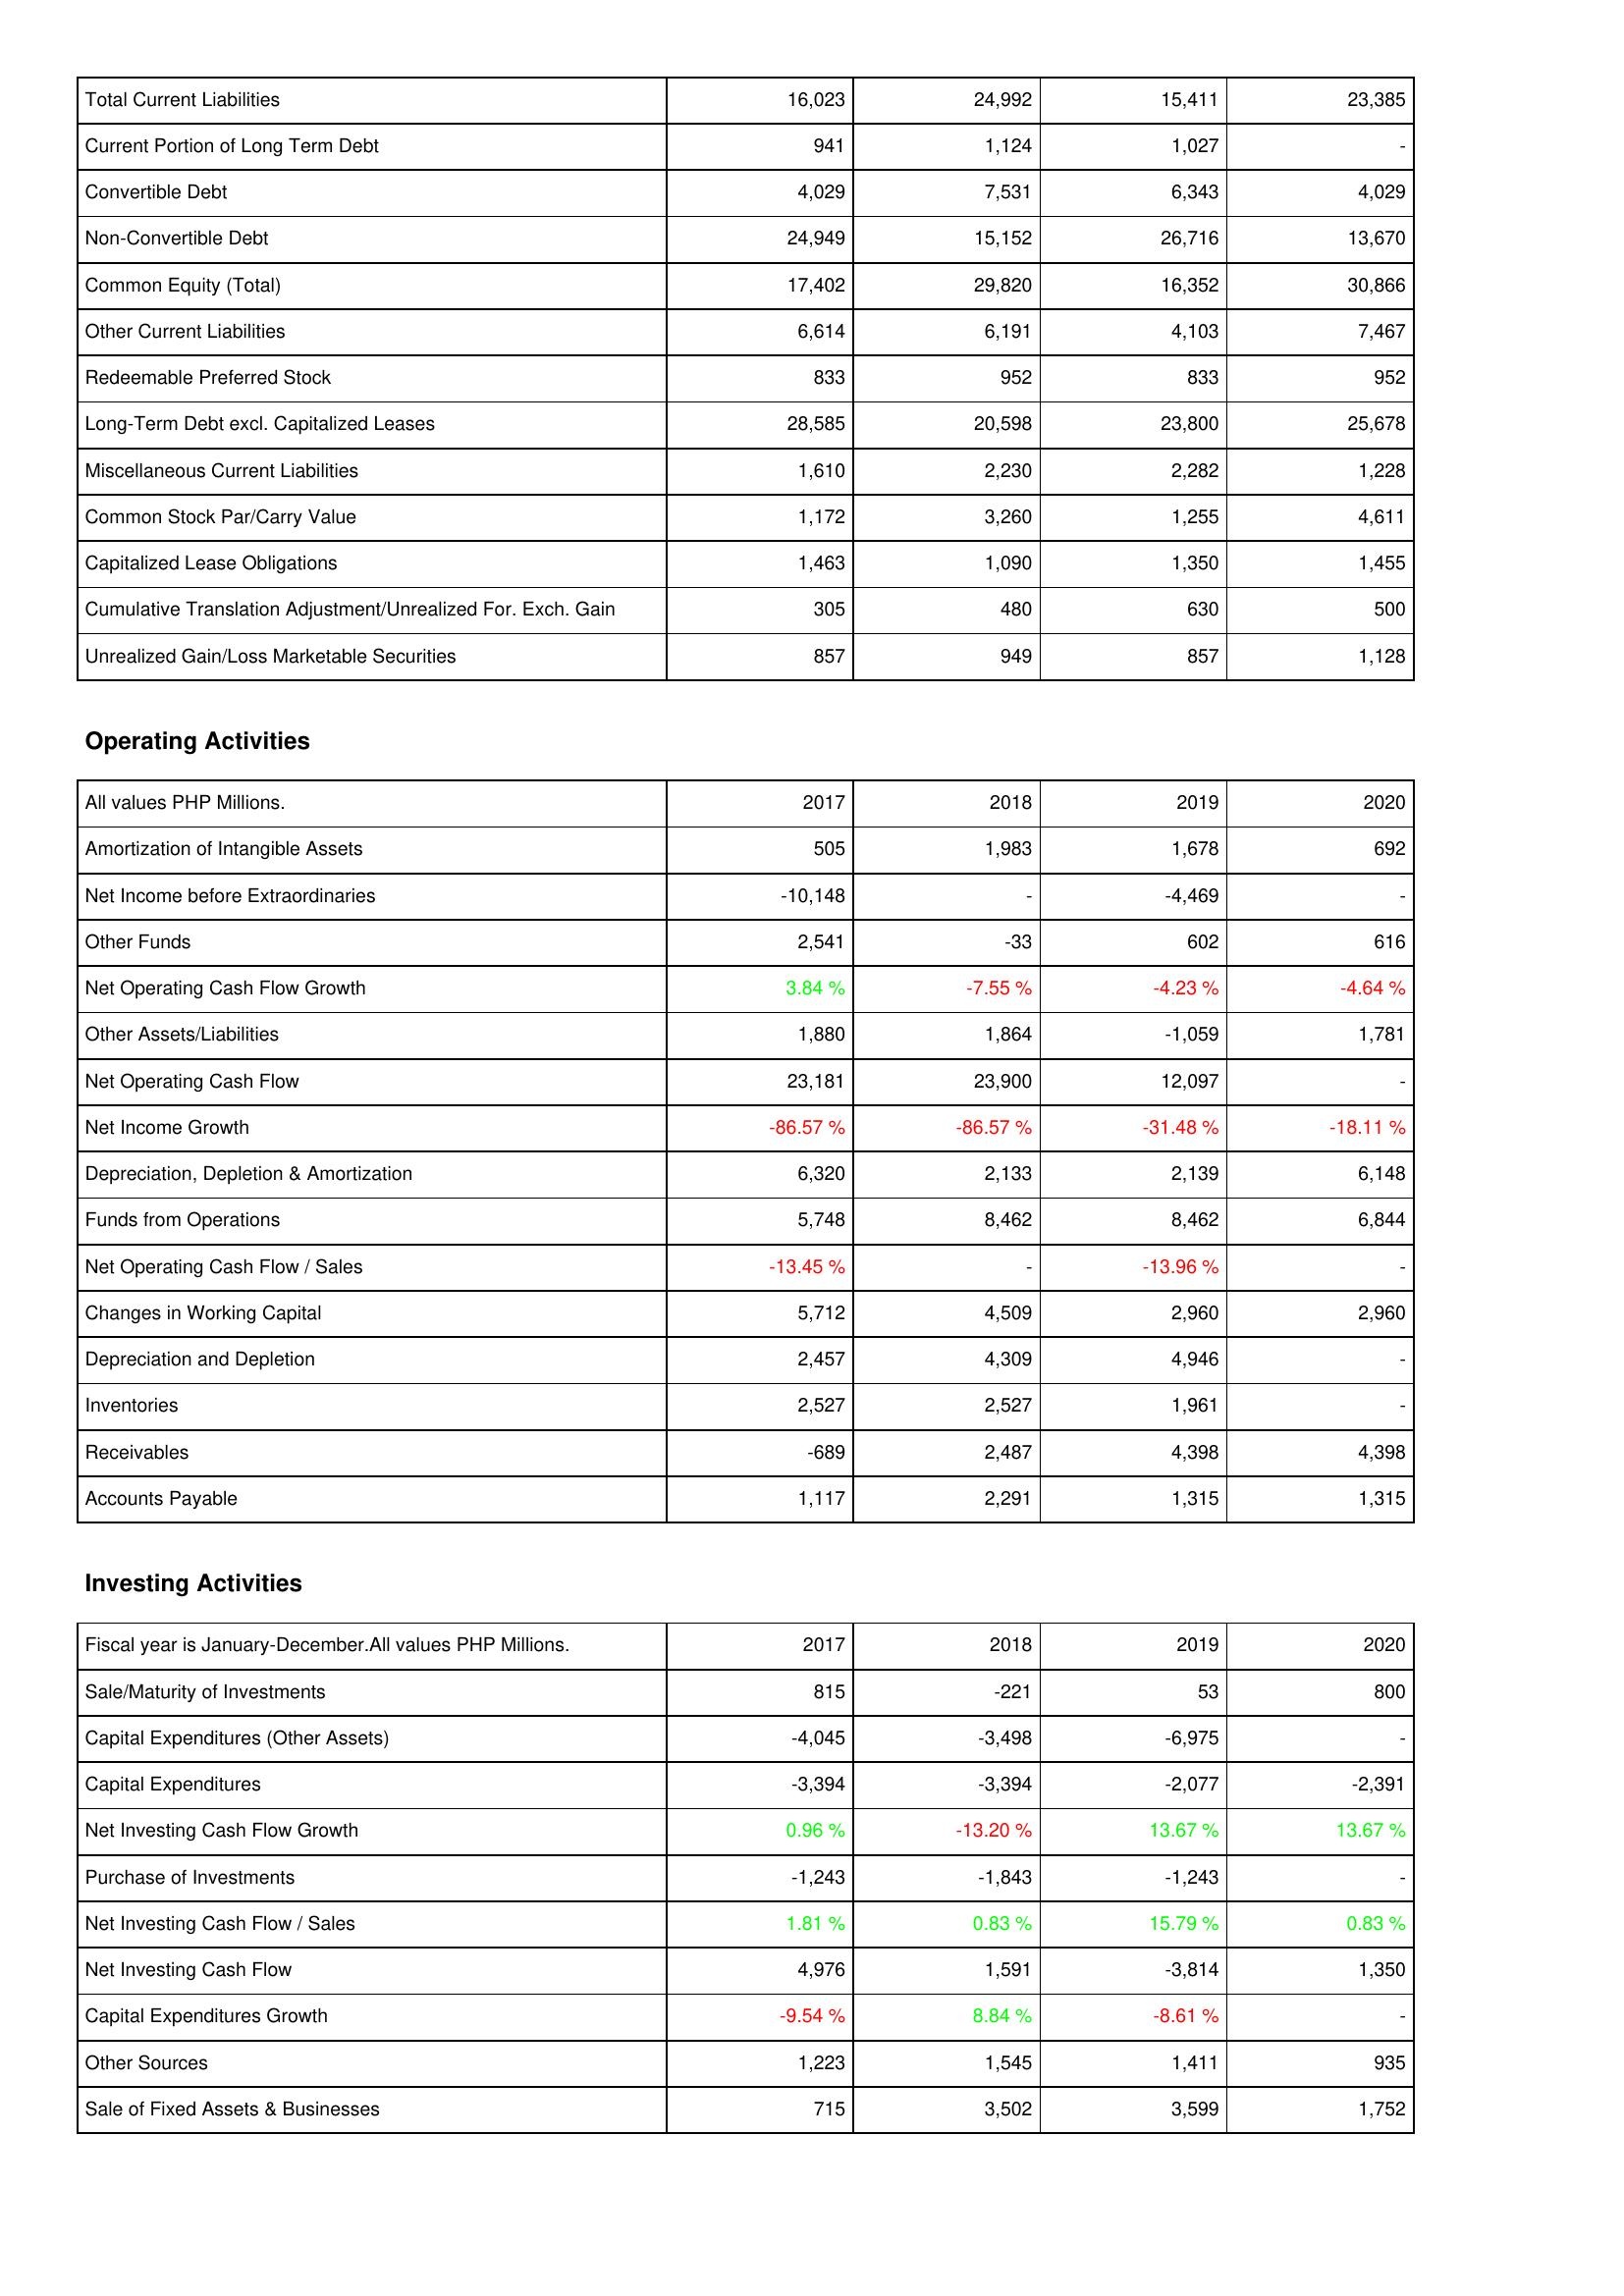
2017: Liabilities & Shareholders' Equity: Total Current Liabilities: 16,023
Current Portion of Long Term Debt: 941
Convertible Debt: 4,029
Non-Convertible Debt: 24,949
Common Equity (Total): 17,402
Other Current Liabilities: 6,614
Redeemable Preferred Stock: 833
Long-Term Debt excl. Capitalized Leases: 28,585
Miscellaneous Current Liabilities: 1,610
Common Stock Par/Carry Value: 1,172
Capitalized Lease Obligations: 1,463
Cumulative Translation Adjustment/Unrealized For. Exch. Gain: 305
Unrealized Gain/Loss Marketable Securities: 857
Operating Activities: Amortization of Intangible Assets: 505
Net Income before Extraordinaries: -10,148
Other Funds: 2,541
Net Operating Cash Flow Growth: 3.84 %
Other Assets/Liabilities: 1,880
Net Operating Cash Flow: 23,181
Net Income Growth: -86.57 %
Depreciation, Depletion & Amortization: 6,320
Funds from Operations: 5,748
Net Operating Cash Flow / Sales: -13.45 %
Changes in Working Capital: 5,712
Depreciation and Depletion: 2,457
Inventories: 2,527
Receivables: -689
Accounts Payable: 1,117
Investing Activities: Sale/Maturity of Investments: 815
Capital Expenditures (Other Assets): -4,045
Capital Expenditures: -3,394
Net Investing Cash Flow Growth: 0.96 %
Purchase of Investments: -1,243
Net Investing Cash Flow / Sales: 1.81 %
Net Investing Cash Flow: 4,976
Capital Expenditures Growth: -9.54 %
Other Sources: 1,223
Sale of Fixed Assets & Businesses: 715
2018: Liabilities & Shareholders' Equity: Total Current Liabilities: 24,992
Current Portion of Long Term Debt: 1,124
Convertible Debt: 7,531
Non-Convertible Debt: 15,152
Common Equity (Total): 29,820
Other Current Liabilities: 6,191
Redeemable Preferred Stock: 952
Long-Term Debt excl. Capitalized Leases: 20,598
Miscellaneous Current Liabilities: 2,230
Common Stock Par/Carry Value: 3,260
Capitalized Lease Obligations: 1,090
Cumulative Translation Adjustment/Unrealized For. Exch. Gain: 480
Unrealized Gain/Loss Marketable Securities: 949
Operating Activities: Amortization of Intangible Assets: 1,983
Net Income before Extraordinaries: -
Other Funds: -33
Net Operating Cash Flow Growth: -7.55 %
Other Assets/Liabilities: 1,864
Net Operating Cash Flow: 23,900
Net Income Growth: -86.57 %
Depreciation, Depletion & Amortization: 2,133
Funds from Operations: 8,462
Net Operating Cash Flow / Sales: -
Changes in Working Capital: 4,509
Depreciation and Depletion: 4,309
Inventories: 2,527
Receivables: 2,487
Accounts Payable: 2,291
Investing Activities: Sale/Maturity of Investments: -221
Capital Expenditures (Other Assets): -3,498
Capital Expenditures: -3,394
Net Investing Cash Flow Growth: -13.20 %
Purchase of Investments: -1,843
Net Investing Cash Flow / Sales: 0.83 %
Net Investing Cash Flow: 1,591
Capital Expenditures Growth: 8.84 %
Other Sources: 1,545
Sale of Fixed Assets & Businesses: 3,502
2019: Liabilities & Shareholders' Equity: Total Current Liabilities: 15,411
Current Portion of Long Term Debt: 1,027
Convertible Debt: 6,343
Non-Convertible Debt: 26,716
Common Equity (Total): 16,352
Other Current Liabilities: 4,103
Redeemable Preferred Stock: 833
Long-Term Debt excl. Capitalized Leases: 23,800
Miscellaneous Current Liabilities: 2,282
Common Stock Par/Carry Value: 1,255
Capitalized Lease Obligations: 1,350
Cumulative Translation Adjustment/Unrealized For. Exch. Gain: 630
Unrealized Gain/Loss Marketable Securities: 857
Operating Activities: Amortization of Intangible Assets: 1,678
Net Income before Extraordinaries: -4,469
Other Funds: 602
Net Operating Cash Flow Growth: -4.23 %
Other Assets/Liabilities: -1,059
Net Operating Cash Flow: 12,097
Net Income Growth: -31.48 %
Depreciation, Depletion & Amortization: 2,139
Funds from Operations: 8,462
Net Operating Cash Flow / Sales: -13.96 %
Changes in Working Capital: 2,960
Depreciation and Depletion: 4,946
Inventories: 1,961
Receivables: 4,398
Accounts Payable: 1,315
Investing Activities: Sale/Maturity of Investments: 53
Capital Expenditures (Other Assets): -6,975
Capital Expenditures: -2,077
Net Investing Cash Flow Growth: 13.67 %
Purchase of Investments: -1,243
Net Investing Cash Flow / Sales: 15.79 %
Net Investing Cash Flow: -3,814
Capital Expenditures Growth: -8.61 %
Other Sources: 1,411
Sale of Fixed Assets & Businesses: 3,599
2020: Liabilities & Shareholders' Equity: Total Current Liabilities: 23,385
Current Portion of Long Term Debt: -
Convertible Debt: 4,029
Non-Convertible Debt: 13,670
Common Equity (Total): 30,866
Other Current Liabilities: 7,467
Redeemable Preferred Stock: 952
Long-Term Debt excl. Capitalized Leases: 25,678
Miscellaneous Current Liabilities: 1,228
Common Stock Par/Carry Value: 4,611
Capitalized Lease Obligations: 1,455
Cumulative Translation Adjustment/Unrealized For. Exch. Gain: 500
Unrealized Gain/Loss Marketable Securities: 1,128
Operating Activities: Amortization of Intangible Assets: 692
Net Income before Extraordinaries: -
Other Funds: 616
Net Operating Cash Flow Growth: -4.64 %
Other Assets/Liabilities: 1,781
Net Operating Cash Flow: -
Net Income Growth: -18.11 %
Depreciation, Depletion & Amortization: 6,148
Funds from Operations: 6,844
Net Operating Cash Flow / Sales: -
Changes in Working Capital: 2,960
Depreciation and Depletion: -
Inventories: -
Receivables: 4,398
Accounts Payable: 1,315
Investing Activities: Sale/Maturity of Investments: 800
Capital Expenditures (Other Assets): -
Capital Expenditures: -2,391
Net Investing Cash Flow Growth: 13.67 %
Purchase of Investments: -
Net Investing Cash Flow / Sales: 0.83 %
Net Investing Cash Flow: 1,350
Capital Expenditures Growth: -
Other Sources: 935
Sale of Fixed Assets & Businesses: 1,752